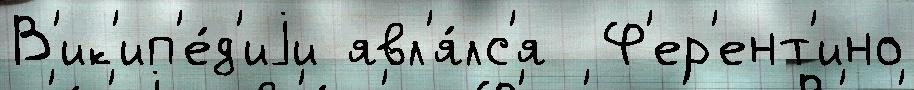
В'ик'ип'е́д'иjи явл'я́лс'я  Ф'ер'ент'ино